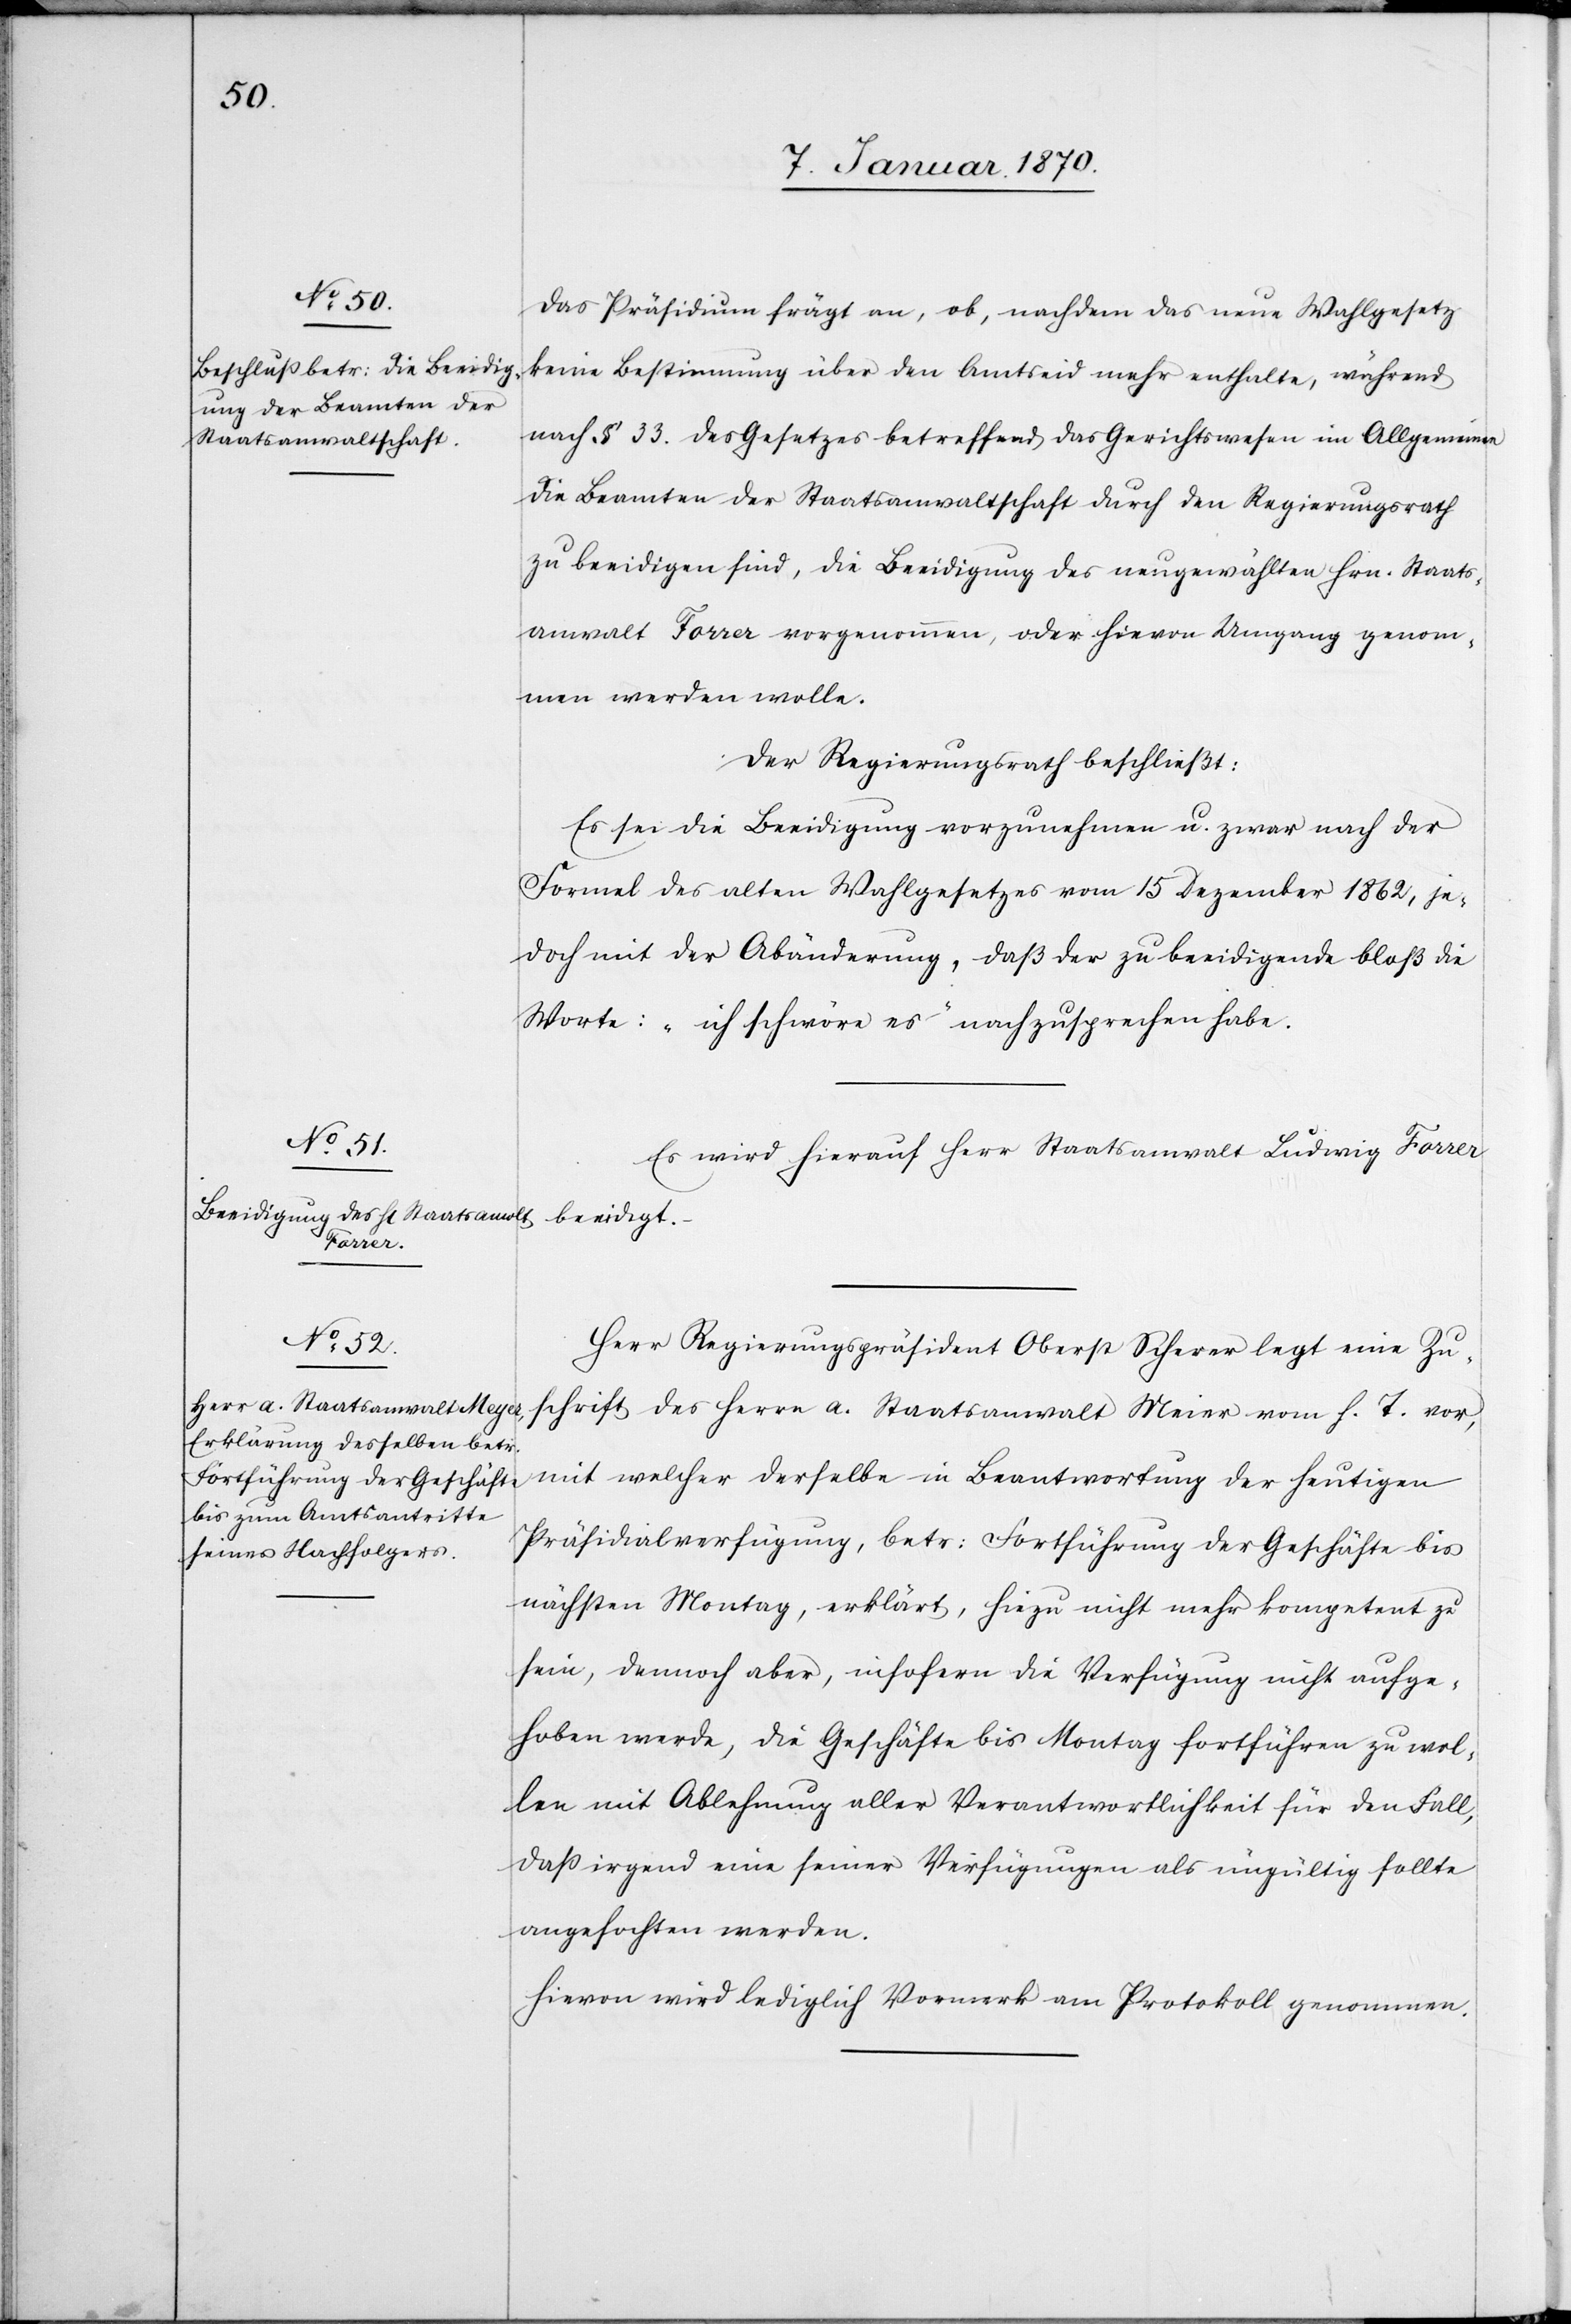
Januar.]

Das Präsidium frägt an, ob, nachdem das neue Wahlgesetz
keine Bestimmung über den Amtseid mehr enthalte, während
nach § 33. des Gesetzes betreffend das Gerichtswesen im Allgemeinen
die Beamten der Staatsanwaltschaft durch den Regierungsrath
zu beeidigen sind, die Beeidigung des neugewählten Hrn. Staats¬
anwalt Forrer vorgenommen, oder hievon Umgang genom¬
men werden wolle.
Der Regierungsrath beschließt:
Es sei die Beeidigung vorzunehmen u. zwar nach der
Formel des alten Wahlgesetzes vom 15 Dezember 1862, je¬
doch mit der Abänderung, daß der zu beeidigende bloß die
Worte: „ich schwöre es“ nachzusprechen habe.
Es wird hierauf Herr Staatsanwalt Ludwig Forrer
beeidigt.
Herr Regierungspräsident Oberst Scherer legt eine Zu¬
schrift des Herrn a. Staatsanwalt Meier vom h. T. vor,
mit welcher derselbe in Beantwortung der heutigen
Präsidialverfügung, betr: Fortführung der Geschäfte bis
nächsten Montag, erklärt, hiezu nicht mehr kompetent zu
sein, dennoch aber, insofern die Verfügung nicht aufge¬
hoben werde, die Geschäfte bis Montag fortführen zu wol¬
len mit Ablehnung aller Verantwortlichkeit für den Fall,
daß irgend eine seiner Verfügungen als ungültig sollte
angefochten werden.
Hievon wird lediglich Vormerk am Protokoll genommen.